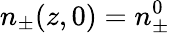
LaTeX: n_{\pm}(z,0)=n_{\pm}^{0}